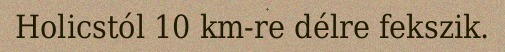
Holicstól 10 km-re délre fekszik.